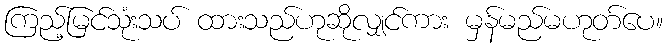
ကြည့်မြင်သုံးသပ် ထားသည်ဟုဆိုလျှင်ကား မှန်မည်မဟုတ်ပေ။